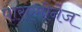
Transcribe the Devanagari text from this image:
पारएमीनेज